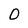
Character: O